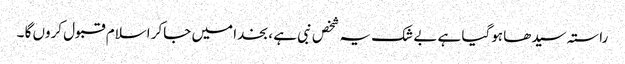
راستہ سیدھا ہوگیا ہے بے شک یہ شخص نبی ہے ، بخدا میں جاکر اسلام قبول کروں گا ۔